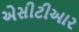
એસીટીઆર